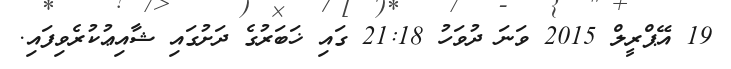
19 އޭޕްރީލް 2015 ވަނަ ދުވަހު 21:18 ގައި ޚަބަރުގެ ދަށުގައި ޝާއިޢުކުރެވިފައި.